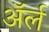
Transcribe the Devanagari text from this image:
अॅर्ल